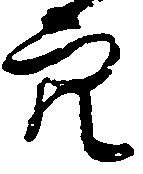
穴